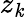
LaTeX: z_{\mathit{k}}